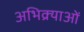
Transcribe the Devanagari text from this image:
अभिक्र्याओं